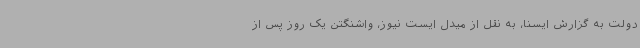
دولت به گزارش ایسنا، به نقل از میدل ایست نیوز، واشنگتن یک روز پس از